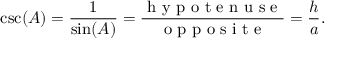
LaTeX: \csc ( A ) = { \frac { 1 } { \sin ( A ) } } = { \frac { \textrm { h y p o t e n u s e } } { \textrm { o p p o s i t e } } } = { \frac { h } { a } } .